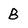
Character: B